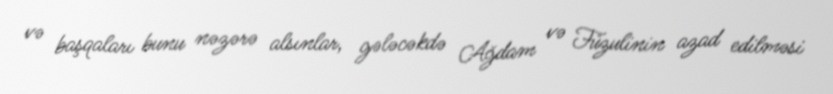
və başqaları bunu nəzərə alsınlar, gələcəkdə Ağdam və Füzulinin azad edilməsi